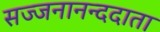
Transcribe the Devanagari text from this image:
सज्जनानन्ददाता